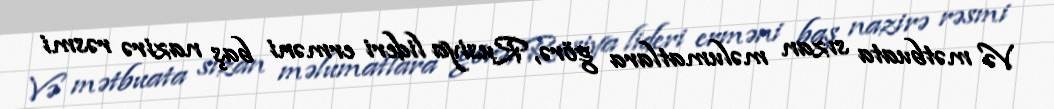
Və mətbuata sızan məlumatlara görə, Rusiya lideri erməni baş nazirə rəsmi